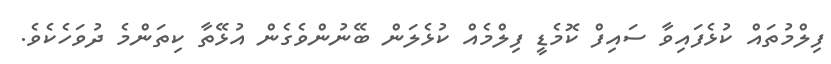
ފިލްމުތައް ކުޅެފައިވާ ސައިފް ކޮމެޑީ ފިލްމެއް ކުޅެލަން ބޭނުންވެގެން އުޅޭތާ ކިތަންމެ ދުވަހެކެވެ.